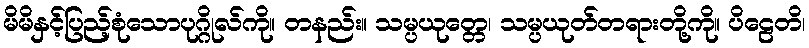
မိမိနှင့်ပြည့်စုံသောပုဂ္ဂိုလ်ကို။ တနည်း။ သမ္ပယုတ္တေ၊ သမ္ပယုတ်တရားတို့ကို။ ပိဠေတိ၊